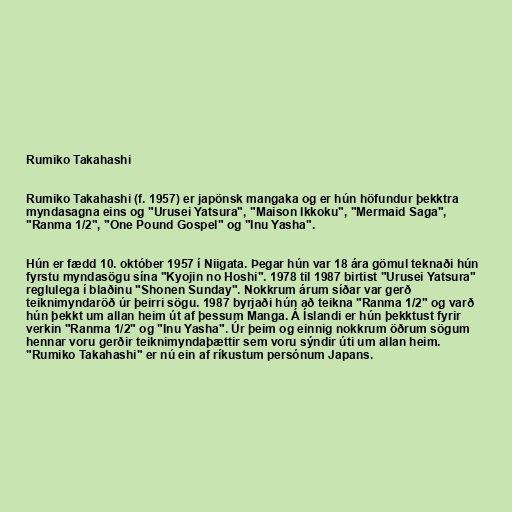
Rumiko Takahashi

Rumiko Takahashi (f. 1957) er japönsk mangaka og er hún höfundur þekktra
myndasagna eins og "Urusei Yatsura", "Maison Ikkoku", "Mermaid Saga",
"Ranma 1/2", "One Pound Gospel" og "Inu Yasha".

Hún er fædd 10. október 1957 í Niigata. Þegar hún var 18 ára gömul teknaði hún
fyrstu myndasögu sína "Kyojin no Hoshi". 1978 til 1987 birtist "Urusei Yatsura"
reglulega í blaðinu "Shonen Sunday". Nokkrum árum síðar var gerð
teiknimyndaröð úr þeirri sögu. 1987 byrjaði hún að teikna "Ranma 1/2" og varð
hún þekkt um allan heim út af þessum Manga. Á Íslandi er hún þekktust fyrir
verkin "Ranma 1/2" og "Inu Yasha". Úr þeim og einnig nokkrum öðrum sögum
hennar voru gerðir teiknimyndaþættir sem voru sýndir úti um allan heim.
"Rumiko Takahashi" er nú ein af ríkustum persónum Japans.